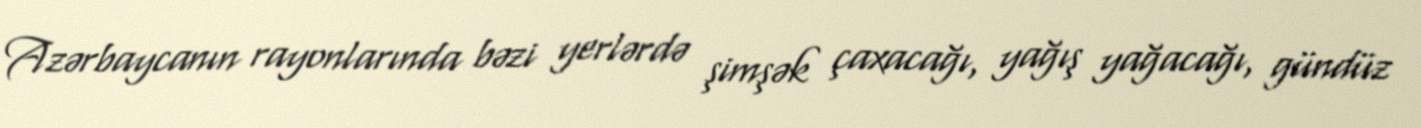
Azərbaycanın rayonlarında bəzi yerlərdə şimşək çaxacağı, yağış yağacağı, gündüz